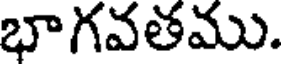
భాగవతము.